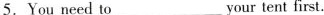
5.You need to___your tent first.